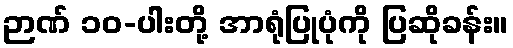
ဉာဏ် ၁၀-ပါးတို့ အာရုံပြုပုံကို ပြဆိုခန်း။